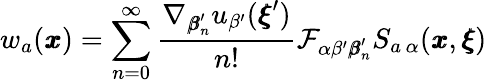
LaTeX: w_{a}({\pmb x})=\sum_{n=0}^{\infty}\frac{\nabla_{{\pmb\beta}_{n}^{\prime}}u_{\beta^{\prime}}({\pmb\xi}^{\prime})}{n!}\mathcal{F}_{\alpha\beta^{\prime}{\pmb\beta}_{n}^{\prime}}S_{a\, \alpha}({\pmb x},{\pmb\xi})